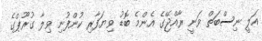
އަލީ ނިސްބަތް ވަނީ ރާއްޖޭގެ އެންމެ ބޮޑު ވިޔަފާރި ކުންފުނި ވިލާ ގުރޫޕްގެ